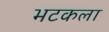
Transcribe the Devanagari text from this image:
भटकला